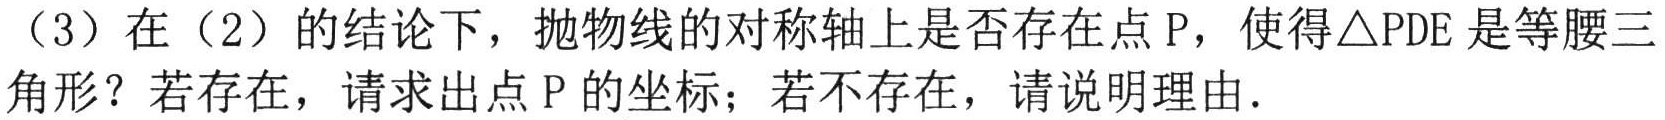
（3）在（2）的结论下，抛物线的对称轴上是否存在点\(P\)，使得\(\triangle PDE\)是等腰三角形？若存在，请求出点\(P\)的坐标；若不存在，请说明理由.